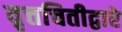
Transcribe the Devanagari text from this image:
वृत्तचितीद्वारे